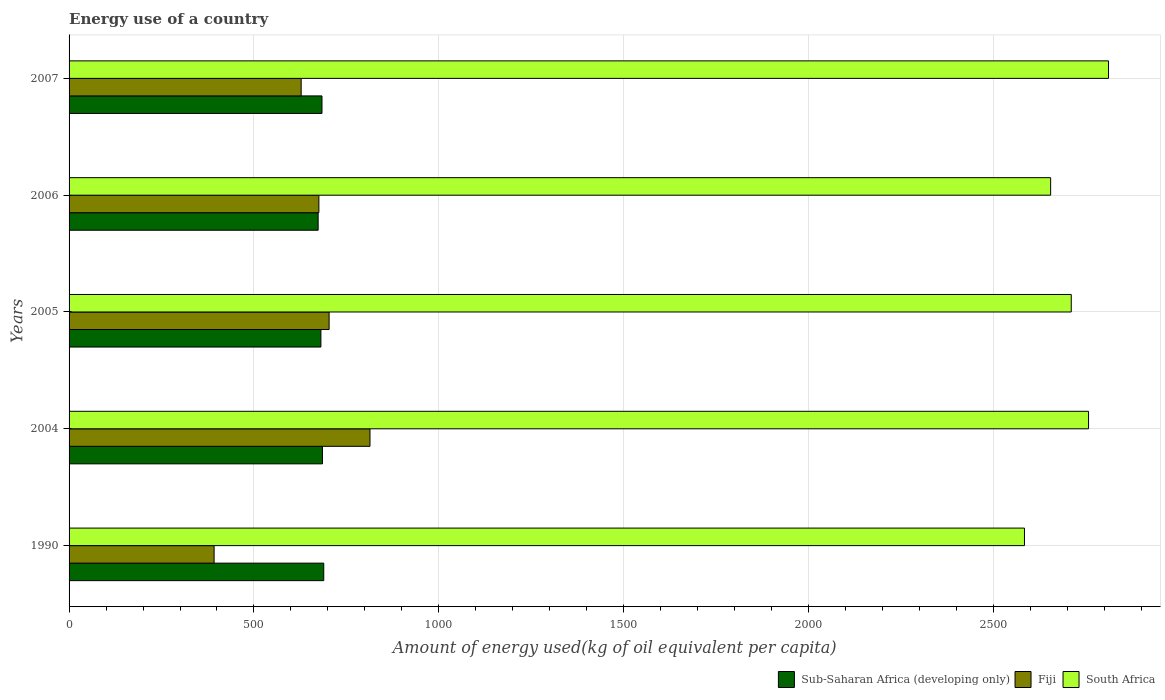
| Years | Sub-Saharan Africa (developing only) | Fiji | South Africa |
 | --- | --- | --- | --- |
 | 1990 | 689 | 392 | 2.58e+03 |
 | 2004 | 685 | 814 | 2.76e+03 |
 | 2005 | 681 | 703 | 2.71e+03 |
 | 2006 | 674 | 676 | 2.65e+03 |
 | 2007 | 684 | 628 | 2.81e+03 |